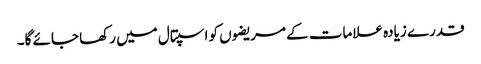
قدرے زیادہ علامات کے مریضوں کو اسپتال میں رکھا جائے گا۔